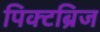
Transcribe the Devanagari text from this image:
पिक्टब्रिज